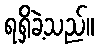
ရရှိခဲ့သည်။